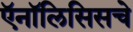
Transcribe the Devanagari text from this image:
ऍनॉलिसिसचे